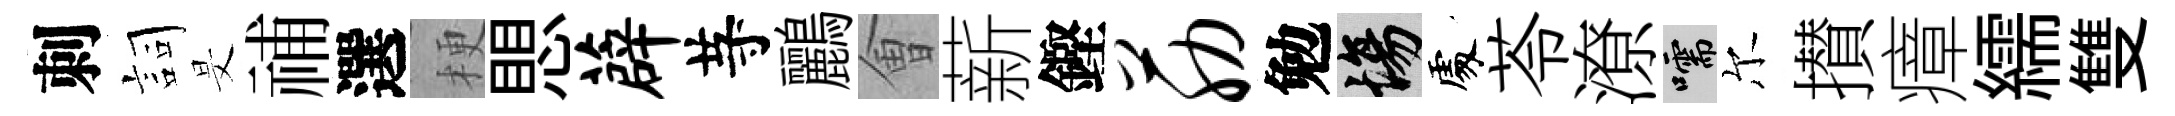
刺詞旻𥙷選梗愳薜䒭鸝㑹薪鏗筋勉場𠁅苓潦嚅尔攅瘴繻雙